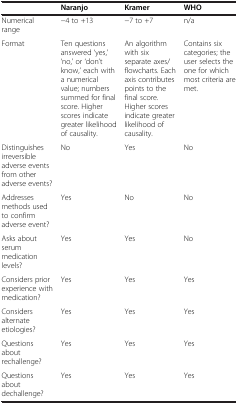
<table><thead><tr><td><b> </b></td><td><b>Naranjo</b></td><td><b>Kramer</b></td><td><b>WHO</b></td></tr></thead><tbody><tr><td>Numerical range</td><td>−4 to +13</td><td>−7 to +7</td><td>n/a</td></tr><tr><td>Format</td><td>Ten questions answered ‘yes,’ ‘no,’ or ‘don’t know,’ each with a numerical value; numbers summed for final score. Higher scores indicate greater likelihood of causality.</td><td>An algorithm with six separate axes/flowcharts. Each axis contributes points to the final score. Higher scores indicate greater likelihood of causality.</td><td>Contains six categories; the user selects the one for which most criteria are met.</td></tr><tr><td>Distinguishes irreversible adverse events from other adverse events?</td><td>No</td><td>Yes</td><td>No</td></tr><tr><td>Addresses methods used to confirm adverse event?</td><td>Yes</td><td>No</td><td>No</td></tr><tr><td>Asks about serum medication levels?</td><td>Yes</td><td>Yes</td><td>No</td></tr><tr><td>Considers prior experience with medication?</td><td>Yes</td><td>Yes</td><td>Yes</td></tr><tr><td>Considers alternate etiologies?</td><td>Yes</td><td>Yes</td><td>Yes</td></tr><tr><td>Questions about rechallenge?</td><td>Yes</td><td>Yes</td><td>Yes</td></tr><tr><td>Questions about dechallenge?</td><td>Yes</td><td>Yes</td><td>Yes</td></tr></tbody></table>